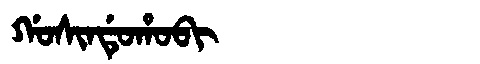
Manchu: ᡤᠣᠰᡳᠨᡩᡠᡥᠣᠪᡳ
Romanization: GOSINDUHOBI